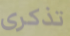
تذكرى